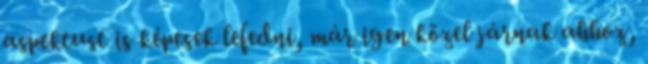
aspektust is képesek lefedni, már igen közel járnak ahhoz,